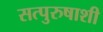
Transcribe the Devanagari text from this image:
सत्पुरुषाशी